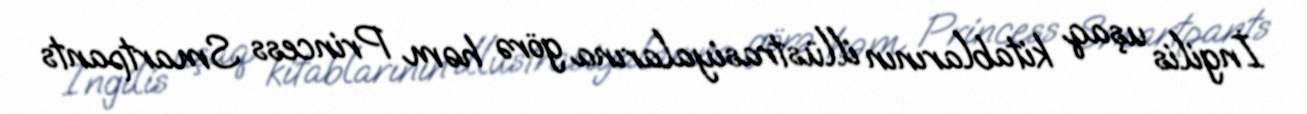
İngilis uşaq kitablarının illüstrasiyalarına görə həm Princess Smartpants